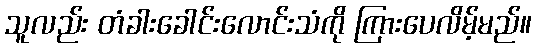
သူလည်း တံခါးခေါင်းလောင်းသံကို ကြားပေလိမ့်မည်။